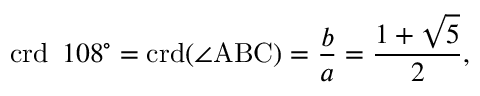
\operatorname { c r d } \ 1 0 8 ^ { \circ } = \operatorname { c r d } ( \angle \mathrm { A B C } ) = { \frac { b } { a } } = { \frac { 1 + { \sqrt { 5 } } } { 2 } } ,